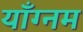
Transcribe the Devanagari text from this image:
याँग्नम